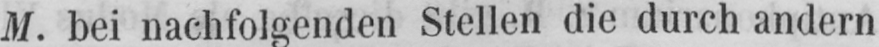
M. bei nachfolgenden Stellen die durch andern